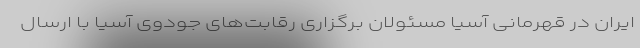
ایران در قهرمانی آسیا مسئولان برگزاری رقابت‌های جودوی آسیا با ارسال